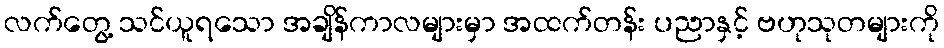
လက်တွေ့ သင်ယူရသော အချိန်ကာလများမှာ အထက်တန်း ပညာနှင့် ဗဟုသုတများကို